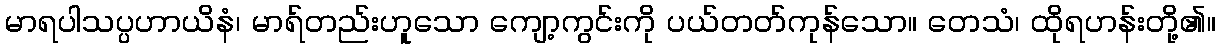
မာရပါသပ္ပဟာယိနံ၊ မာရ်တည်းဟူသော ကျော့ကွင်းကို ပယ်တတ်ကုန်သော။ တေသံ၊ ထိုရဟန်းတို့၏။